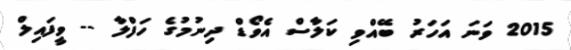
2015 ވަނަ އަހަރު ބޭއްވި ކަލާސް އެވޯޑް ދިނުމުގެ ހަފްލާ -- ވީފައިލް